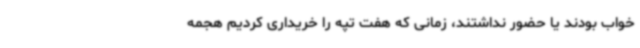
خواب بودند یا حضور نداشتند، ‌زمانی که هفت تپه را خریداری کردیم هجمه